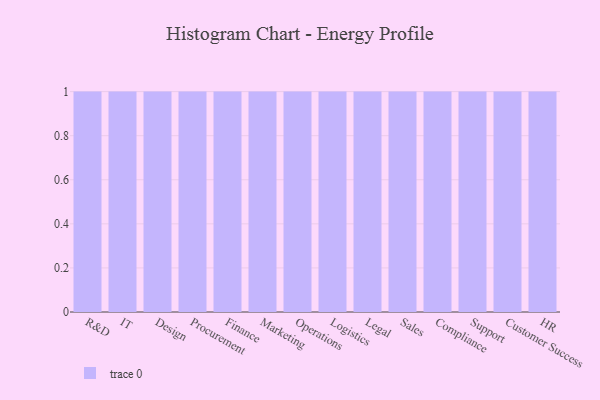
{"axis": {"x": "Department", "y": "Energy Usage (MWh)"}, "legend": [""], "data": [{"x": "R&D", "y": 21, "type": ""}, {"x": "IT", "y": 23, "type": ""}, {"x": "Design", "y": 91, "type": ""}, {"x": "Procurement", "y": 64, "type": ""}, {"x": "Finance", "y": 82, "type": ""}, {"x": "Marketing", "y": 12, "type": ""}, {"x": "Operations", "y": 43, "type": ""}, {"x": "Logistics", "y": 22, "type": ""}, {"x": "Legal", "y": 63, "type": ""}, {"x": "Sales", "y": 20, "type": ""}, {"x": "Compliance", "y": 89, "type": ""}, {"x": "Support", "y": 50, "type": ""}, {"x": "Customer Success", "y": 90, "type": ""}, {"x": "HR", "y": 35, "type": ""}]}